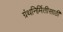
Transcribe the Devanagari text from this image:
ग्रंथनिर्मितीसाठी